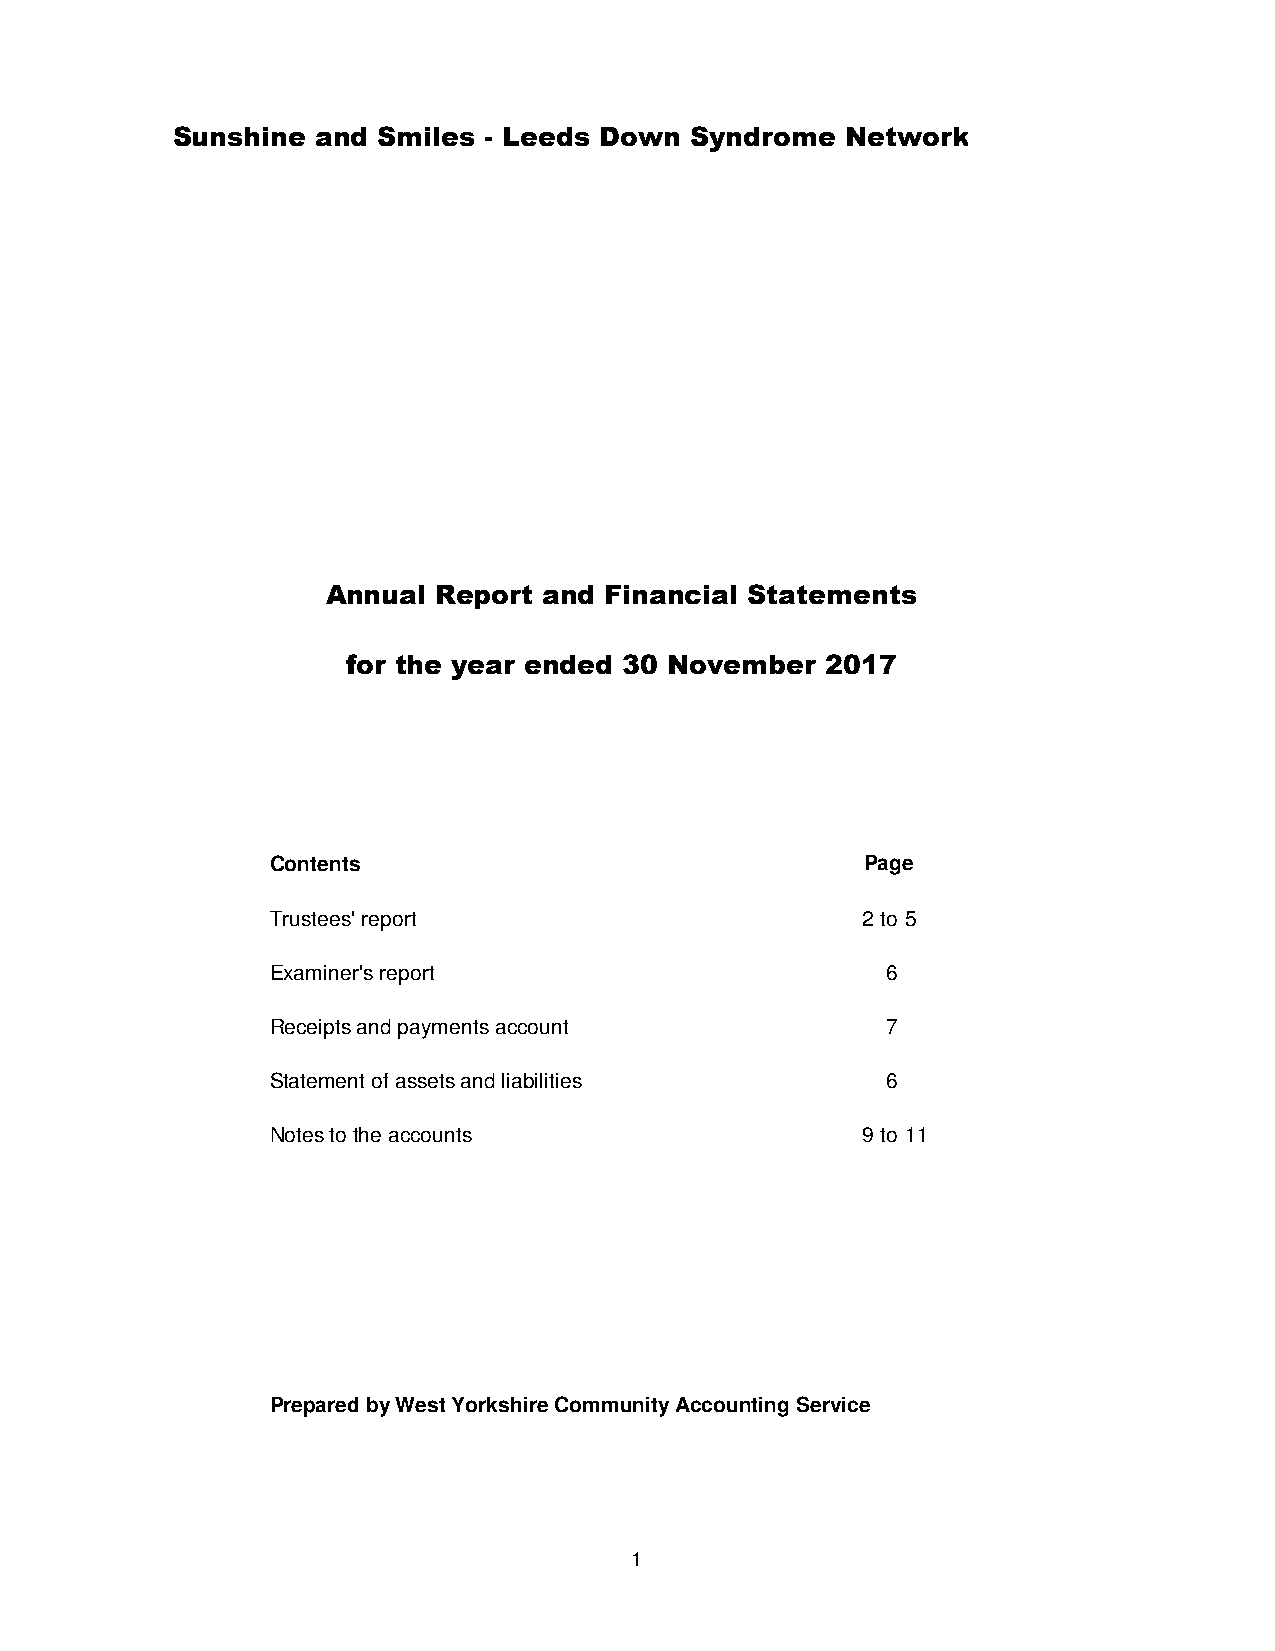
Sunshine  and Smiles - Leeds Down  Syndrome  Network
 Annual Report and Financial Statements
 for the year ended 30 November  2017
 Contents                               Page
 Trustees' report                       2 to 5
 Examiner's report                        6
 Receipts and payments account            7
 Statement of assets and liabilities      6
 Notes to the accounts                  9 to 11
 Prepared by West Yorkshire Community Accounting Service
 1